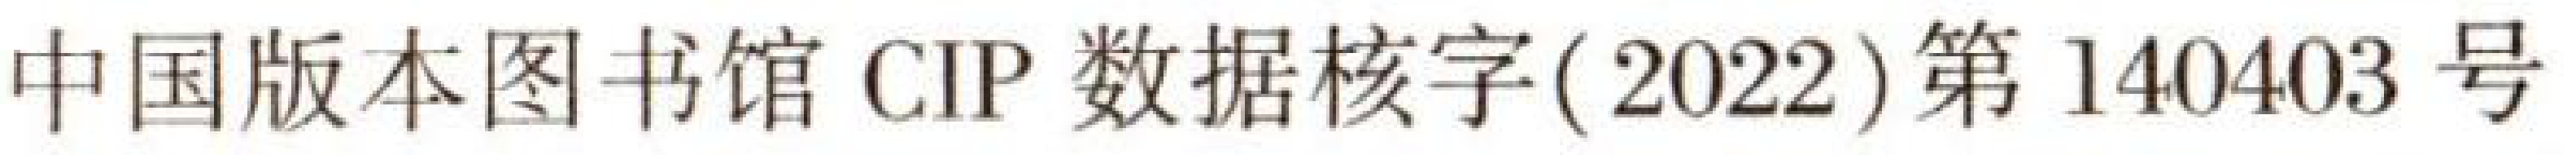
中国版本图书馆CIP数据核字(2022)第140403号